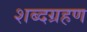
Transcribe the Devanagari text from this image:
शब्दग्रहण